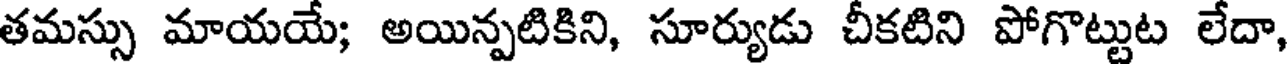
తమస్సు మాయయే; అయిన్పటికిని, సూర్యుడు చీకటిని పోగొట్టుట లేదా,